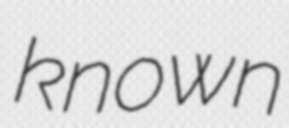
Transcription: known